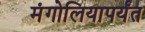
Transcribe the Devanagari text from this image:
मंगोलियापर्यंत